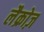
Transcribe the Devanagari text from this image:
लैक्रोज़